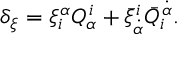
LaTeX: \delta _ { \xi } = \xi _ { i } ^ { \alpha } Q _ { \alpha } ^ { i } + \bar { \xi } _ { \dot { \alpha } } ^ { i } \bar { Q } _ { i } ^ { \dot { \alpha } } .